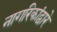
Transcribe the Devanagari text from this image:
नागरिकांद्वारे